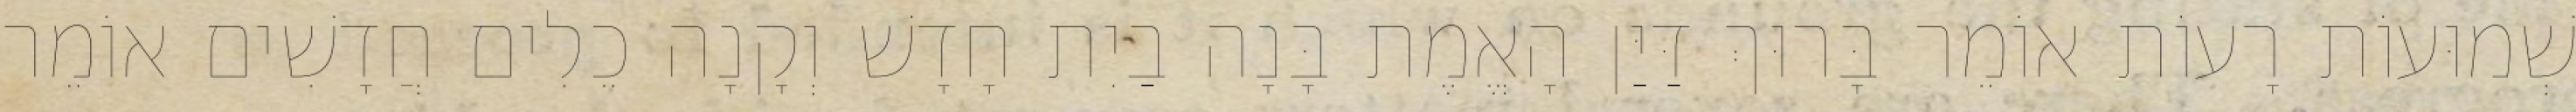
שְׁמוּעוֹת רָעוֹת אוֹמֵר בָּרוּךְ דַּיַּן הָאֱמֶת בָּנָה בַיִת חָדָשׁ וְקָנָה כֵלִים חֲדָשִׁים אוֹמֵר